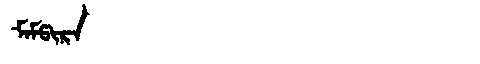
Manchu: ᠮᠠᠮᡦᡳᡵᠠ
Romanization: MAMPIRA